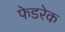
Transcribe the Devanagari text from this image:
फेडरेक